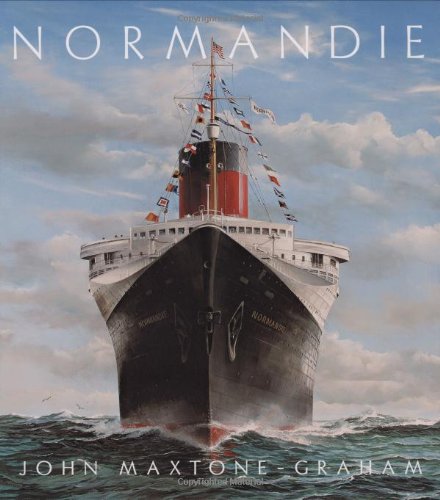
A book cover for Normandie: France's Legendary Art Deco Ocean Liner; John Maxtone-Graham; Arts & Photography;